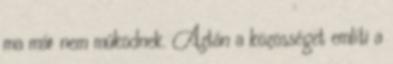
ma már nem mûködnek. Aztán a közösséget említi a